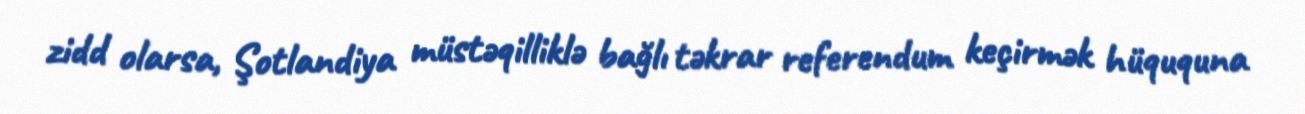
zidd olarsa, Şotlandiya müstəqilliklə bağlı təkrar referendum keçirmək hüququna